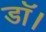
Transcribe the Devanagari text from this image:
डॉ।